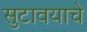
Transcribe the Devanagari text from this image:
सुटावयाचे